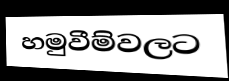
හමුවීම්වලට